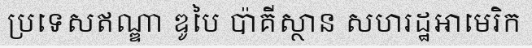
ប្រទេសឥណ្ឌា ឌូបៃ ប៉ាគីស្ថាន សហរដ្ឋអាមេរិក